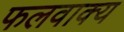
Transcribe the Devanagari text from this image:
फलवाक्य